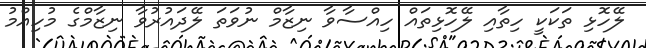
ލޭހޮޅި ތަކަކީ ހިތާއި ލޭހޮޅިތައް ހިއްސާވާ ނިޒާމް ނުވަތަ ލޭދައުރުވާ ނިޒާމްގެ މުހިއްމު